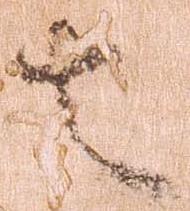
者